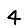
Digit: 4